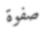
صفوة